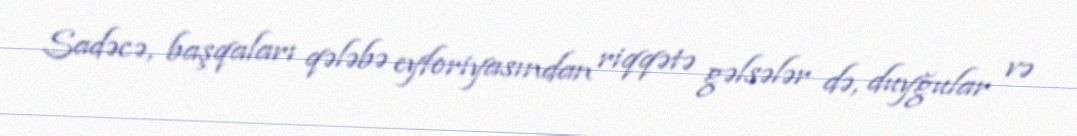
Sadəcə, başqaları qələbə eyforiyasından riqqətə gəlsələr də, duyğular və